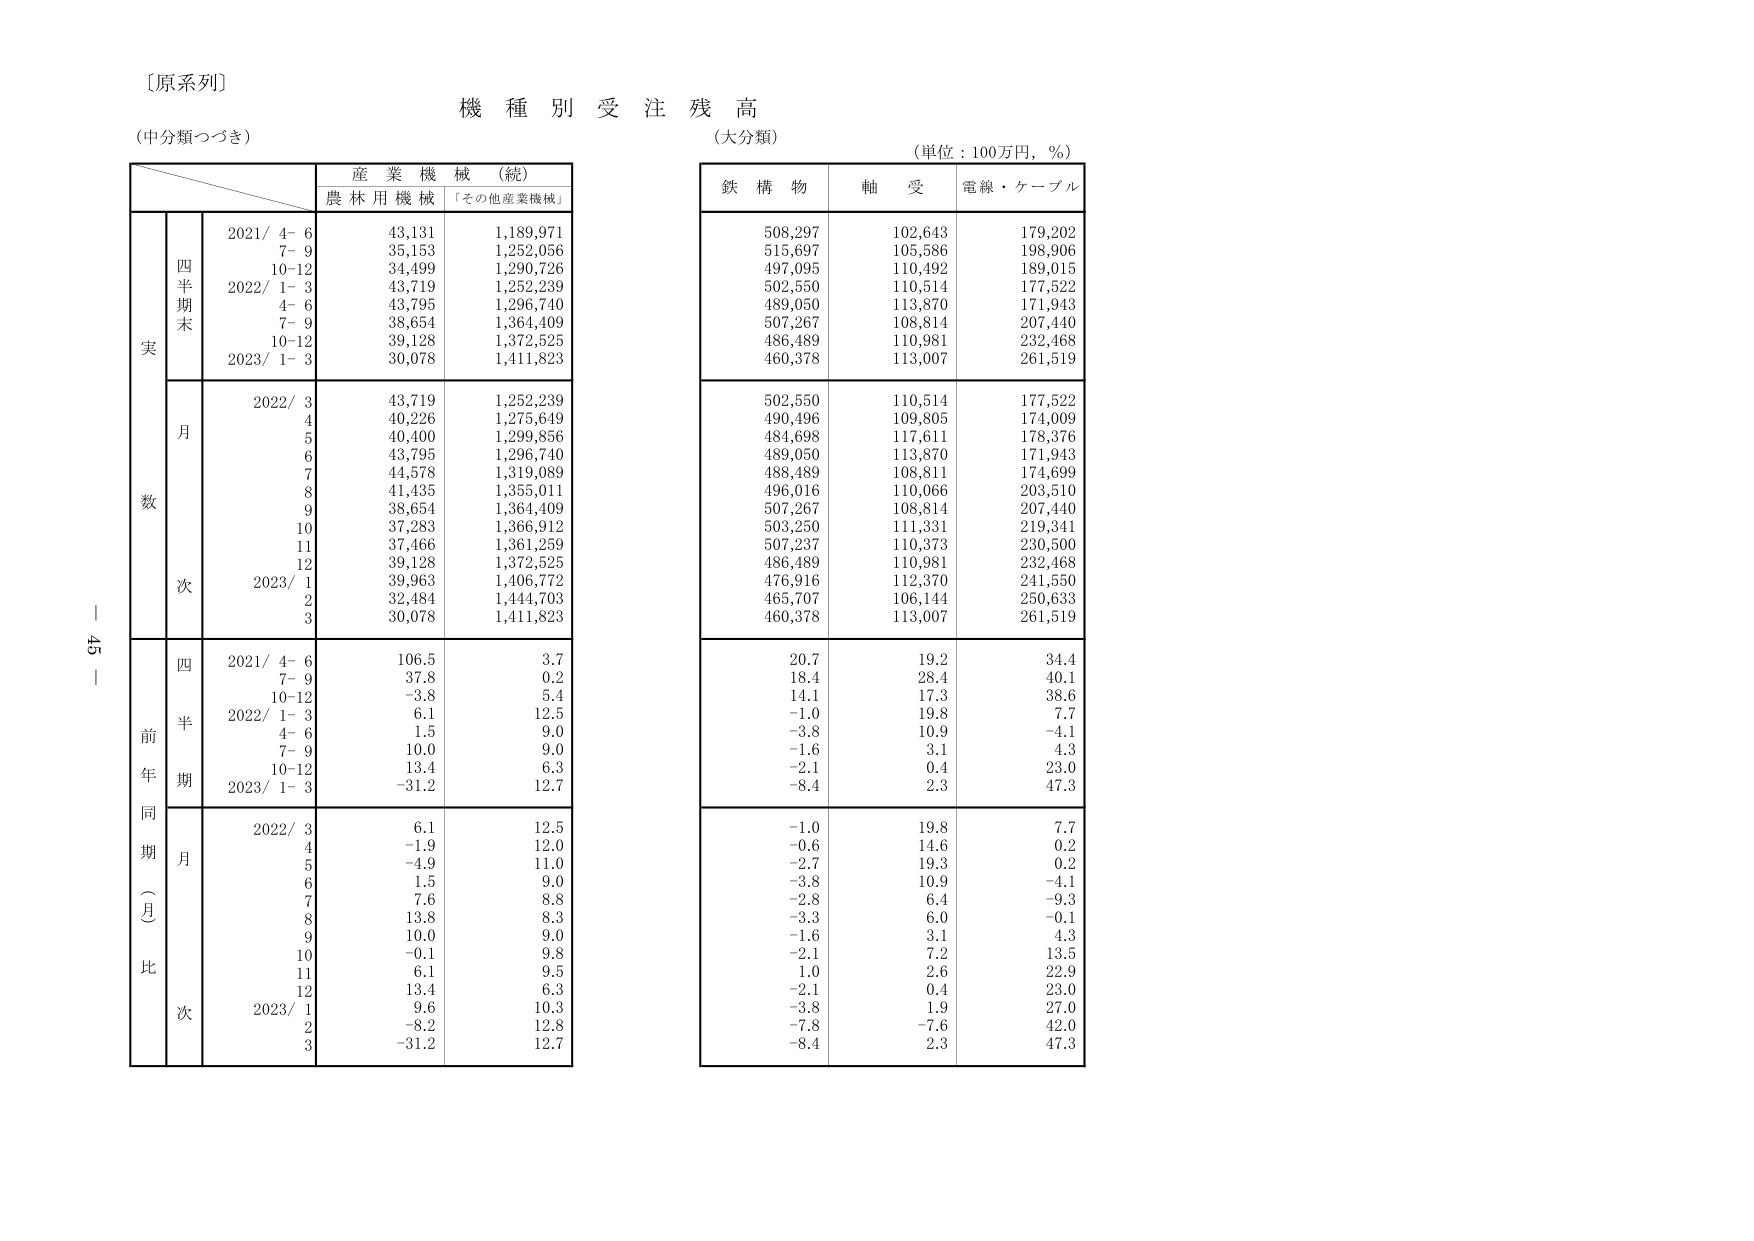
〔原系列〕
機種別受注残高
（中分類つづき）
（大分類）
（単位：100万円，％）

産業機械（続）
農林用機械 「その他産業機械」

鉄構物 軸受 電線・ケーブル

実
四半期末
2021/ 4-6 43,131 1,189,971
7-9 35,153 1,252,056
10-12 34,499 1,290,726
2022/ 1-3 43,719 1,252,239
4-6 43,795 1,296,740
7-9 38,654 1,364,409
10-12 39,128 1,372,525
2023/ 1-3 30,078 1,411,823

月
2022/ 3 43,719 1,252,239
4 40,226 1,275,649
5 40,400 1,299,856
6 43,795 1,296,740
7 44,578 1,319,089
8 41,435 1,355,011
9 38,654 1,364,409
10 37,283 1,366,912
11 37,466 1,361,259
12 39,128 1,372,525
2023/ 1 39,963 1,406,772
2 32,484 1,444,703
3 30,078 1,411,823

前年同期（月比）
四半期
2021/ 4-6 106.5 3.7
7-9 37.8 0.2
10-12 -3.8 5.4
2022/ 1-3 6.1 12.5
4-6 1.5 9.0
7-9 10.0 9.0
10-12 13.4 6.3
2023/ 1-3 -31.2 12.7

月
2022/ 3 6.1 12.5
4 -1.9 12.0
5 -4.9 11.0
6 1.5 9.0
7 7.6 8.8
8 13.8 8.3
9 10.0 9.0
10 -0.1 9.8
11 6.1 9.5
12 13.4 6.3
2023/ 1 9.6 10.3
2 -8.2 12.8
3 -31.2 12.7

508,297 102,643 179,202
515,697 105,586 198,906
497,095 110,492 189,015
502,550 110,514 177,522
489,050 113,870 171,943
507,267 108,814 207,440
486,489 110,981 232,468
460,378 113,007 261,519

502,550 110,514 177,522
490,496 109,805 174,009
484,698 117,611 178,376
489,050 113,870 171,943
488,489 108,811 174,699
496,016 110,066 203,510
507,267 108,814 207,440
503,250 111,331 219,341
507,237 110,373 230,500
486,489 110,981 232,468
476,916 112,370 241,550
465,707 106,144 250,633
460,378 113,007 261,519

20.7 19.2 34.4
18.4 28.4 40.1
14.1 17.3 38.6
-1.0 19.8 7.7
-3.8 10.9 -4.1
-1.6 3.1 4.3
-2.1 0.4 23.0
-8.4 2.3 47.3

-1.0 19.8 7.7
-0.6 14.6 0.2
-2.7 19.3 0.2
-3.8 10.9 -4.1
-2.8 6.4 -9.3
-3.3 6.0 -0.1
-1.6 3.1 4.3
-2.1 7.2 13.5
1.0 2.6 22.9
-2.1 0.4 23.0
-3.8 1.9 27.0
-7.8 -7.6 42.0
-8.4 2.3 47.3

ー 45 ー